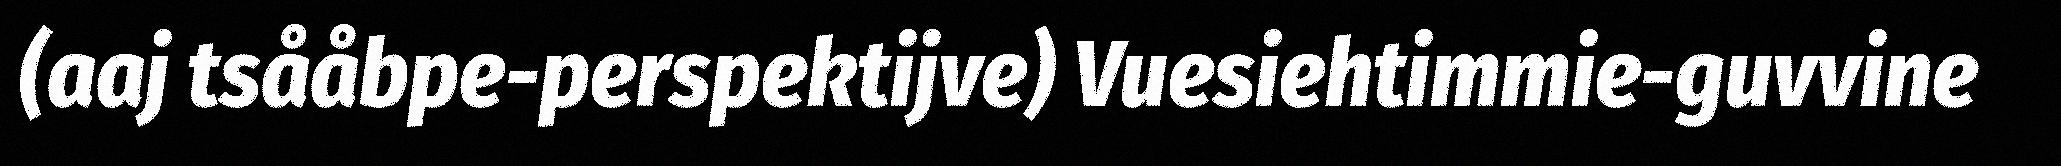
(aaj tsååbpe-perspektijve) Vuesiehtimmie-guvvine